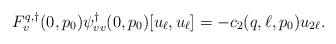
LaTeX: \begin{align*}F^{q,\dagger}_v(0,p_0)\psi^\dagger_{vv}(0,p_0)[u_\ell,u_\ell] = -c_2(q,\ell,p_0)u_{2\ell}.\end{align*}